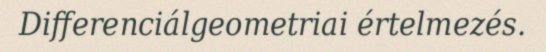
Differenciálgeometriai értelmezés.